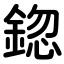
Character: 鍃